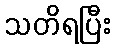
သတိရပြီး